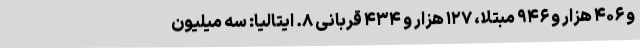
و ۴۰۶ هزار و ۹۴۶ مبتلا، ۱۲۷ هزار و ۴۳۴ قربانی ۸. ایتالیا: سه میلیون